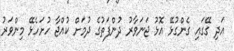
އަދި ގޭގައި ގެންގުޅޭ އޮޅު ޖަނަވާރު ދުންފަތުގެ ދުމަށް ކުއްޖާ ހުށަހެޅޭ މިންވަރު